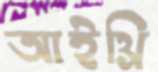
আইথ্রি